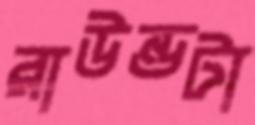
রাউন্ডটা